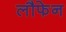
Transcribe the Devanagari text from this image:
लौफेन